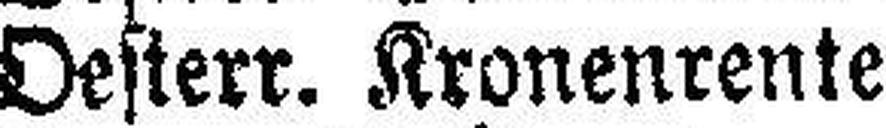
Oesterr. Kronenrente